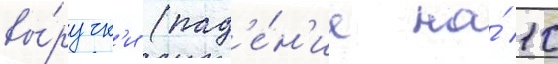
вы́ручк'и (пад'е́н'ие на́ 10